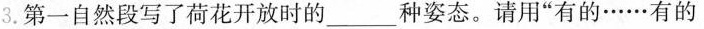
3.第一自然段写了荷花开放时的_____种姿态。请用”有的……有的